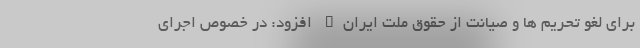
برای لغو تحریم ها و صیانت از حقوق ملت ایران" افزود: در خصوص اجرای